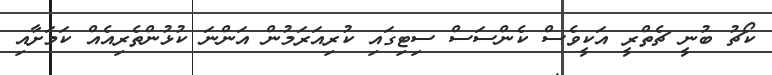
ކޯޗު ބުނީ ޗެތްރީ އަކީވެސް ކެންސަސް ސިޓިގައި ކުރިއަރަމުން އަންނަ ކުޅުންތެރިއެއް ކަމަށާއި